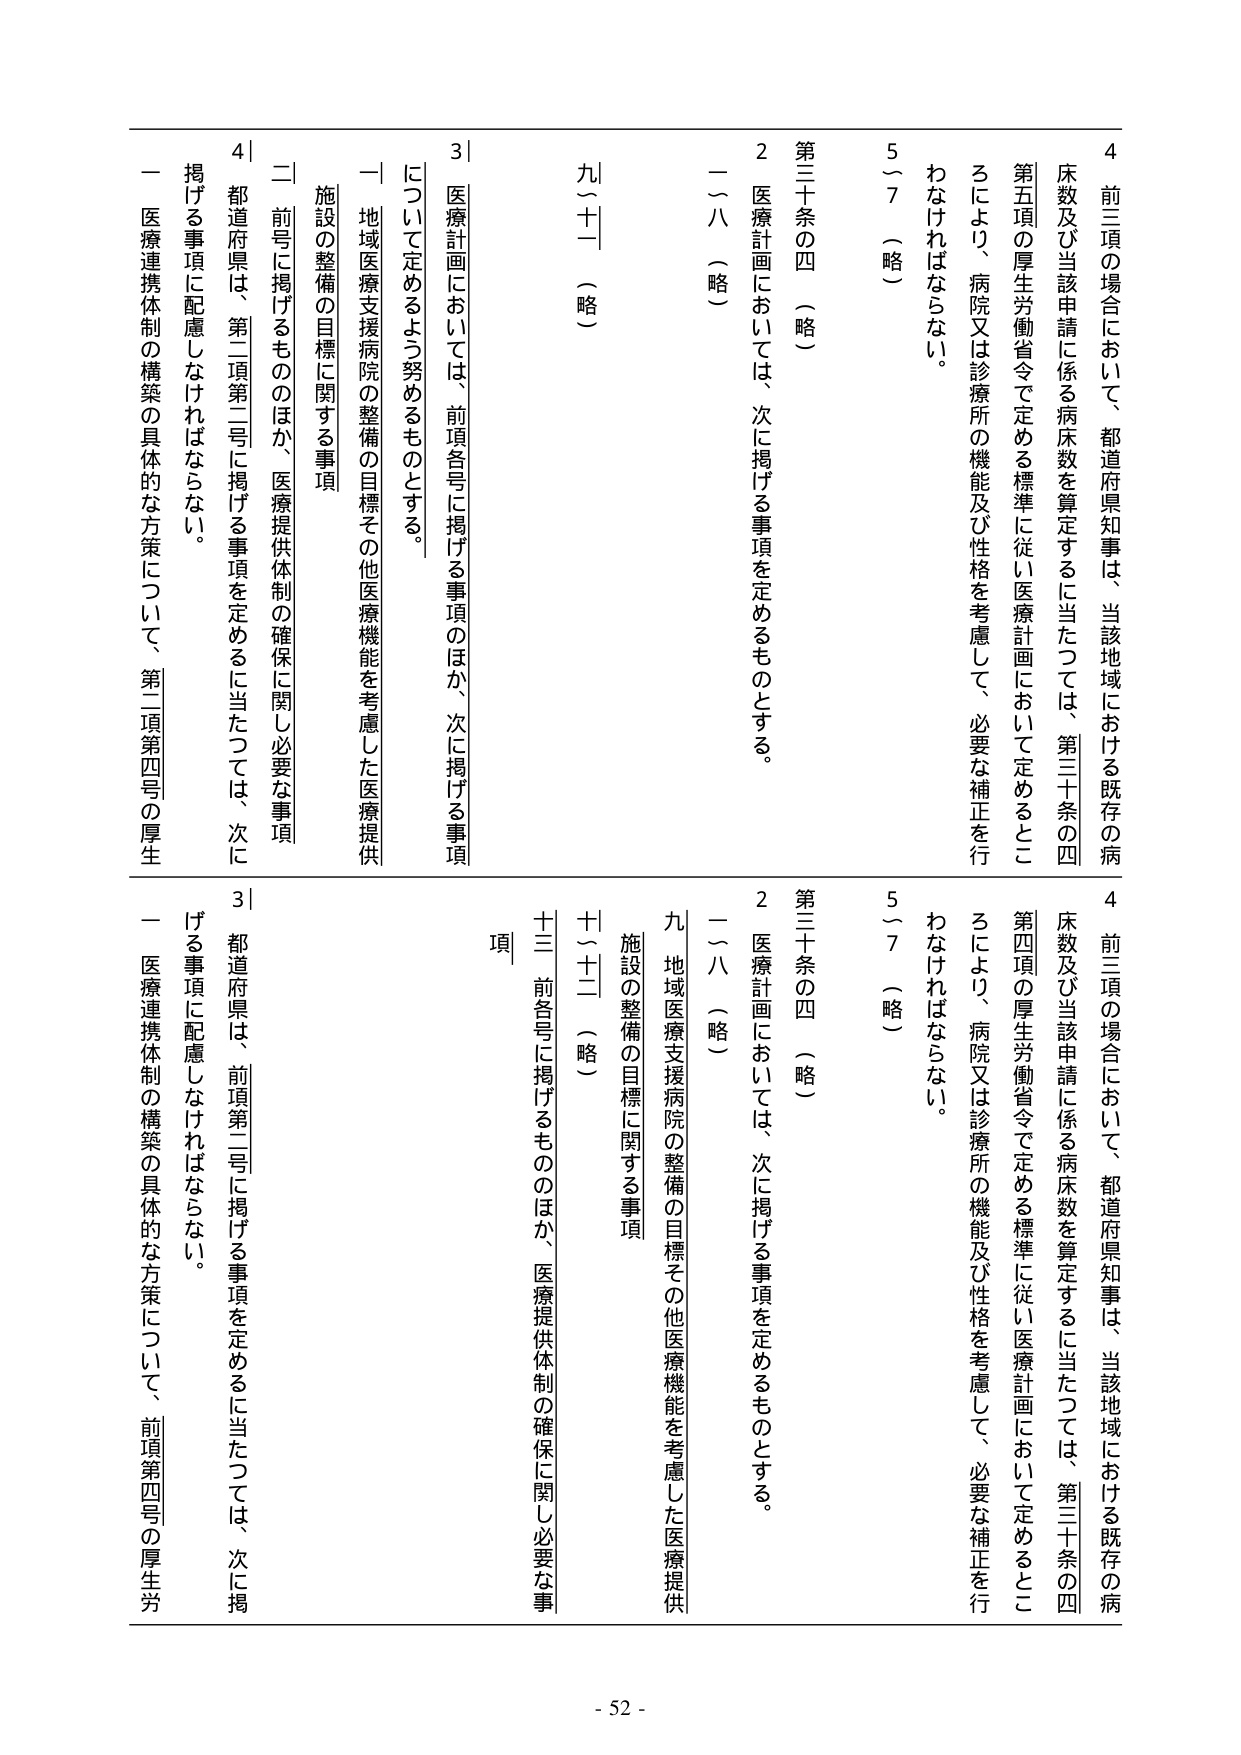
4 前三項の場合において、都道府県知事は、当該地域における既存の病床数及び当該申請に係る病床数を算定するに当たっては、第三十条の四第五項の厚生労働省令で定める標準に従い医療計画において定めるところにより、病院又は診療所の機能及び性格を考慮して、必要な補正を行わなければならない。

5～7 （略）

第三十条の四 （略）

2 医療計画においては、次に掲げる事項を定めるものとする。

二～八 （略）

九～十一 （略）

3 医療計画においては、前項各号に掲げる事項のほか、次に掲げる事項について定めるよう努めるものとする。

一 地域医療支援病院の整備の目標その他医療機能を考慮した医療提供施設の整備の目標に関する事項

二 前号に掲げるもののほか、医療提供体制の確保に関し必要な事項

4 前三項の場合において、都道府県知事は、当該地域における既存の病床数及び当該申請に係る病床数を算定するに当たっては、第三十条の四第四項の厚生労働省令で定める標準に従い医療計画において定めるところにより、病院又は診療所の機能及び性格を考慮して、必要な補正を行わなければならない。

5～7 （略）

第三十条の四 （略）

2 医療計画においては、次に掲げる事項を定めるものとする。

二～八 （略）

九 地域医療支援病院の整備の目標その他医療機能を考慮した医療提供施設の整備の目標に関する事項

十～十二 （略）

十三 前各号に掲げるもののほか、医療提供体制の確保に関し必要な事項

3 都道府県は、前項第二号に掲げる事項を定めるに当たっては、次に掲げる事項に配慮しなければならない。

一 医療連携体制の構築の具体的な方策について、前項第四号の厚生労

4 都道府県は、第二項第三号に掲げる事項を定めるに当たっては、次に掲げる事項に配慮しなければならない。

一 医療連携体制の構築の具体的な方策について、第二項第四号の厚生

- 52 -